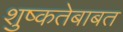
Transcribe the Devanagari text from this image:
शुष्कतेबाबत